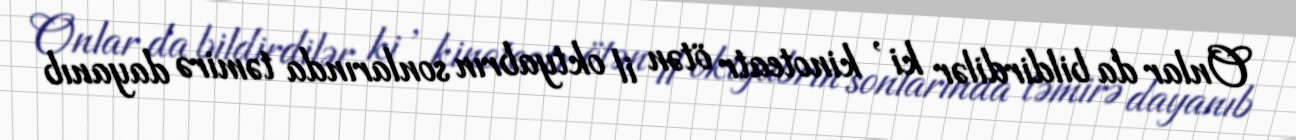
Onlar da bildirdilər ki , kinoteatr ötən il oktyabrın sonlarında təmirə dayanıb